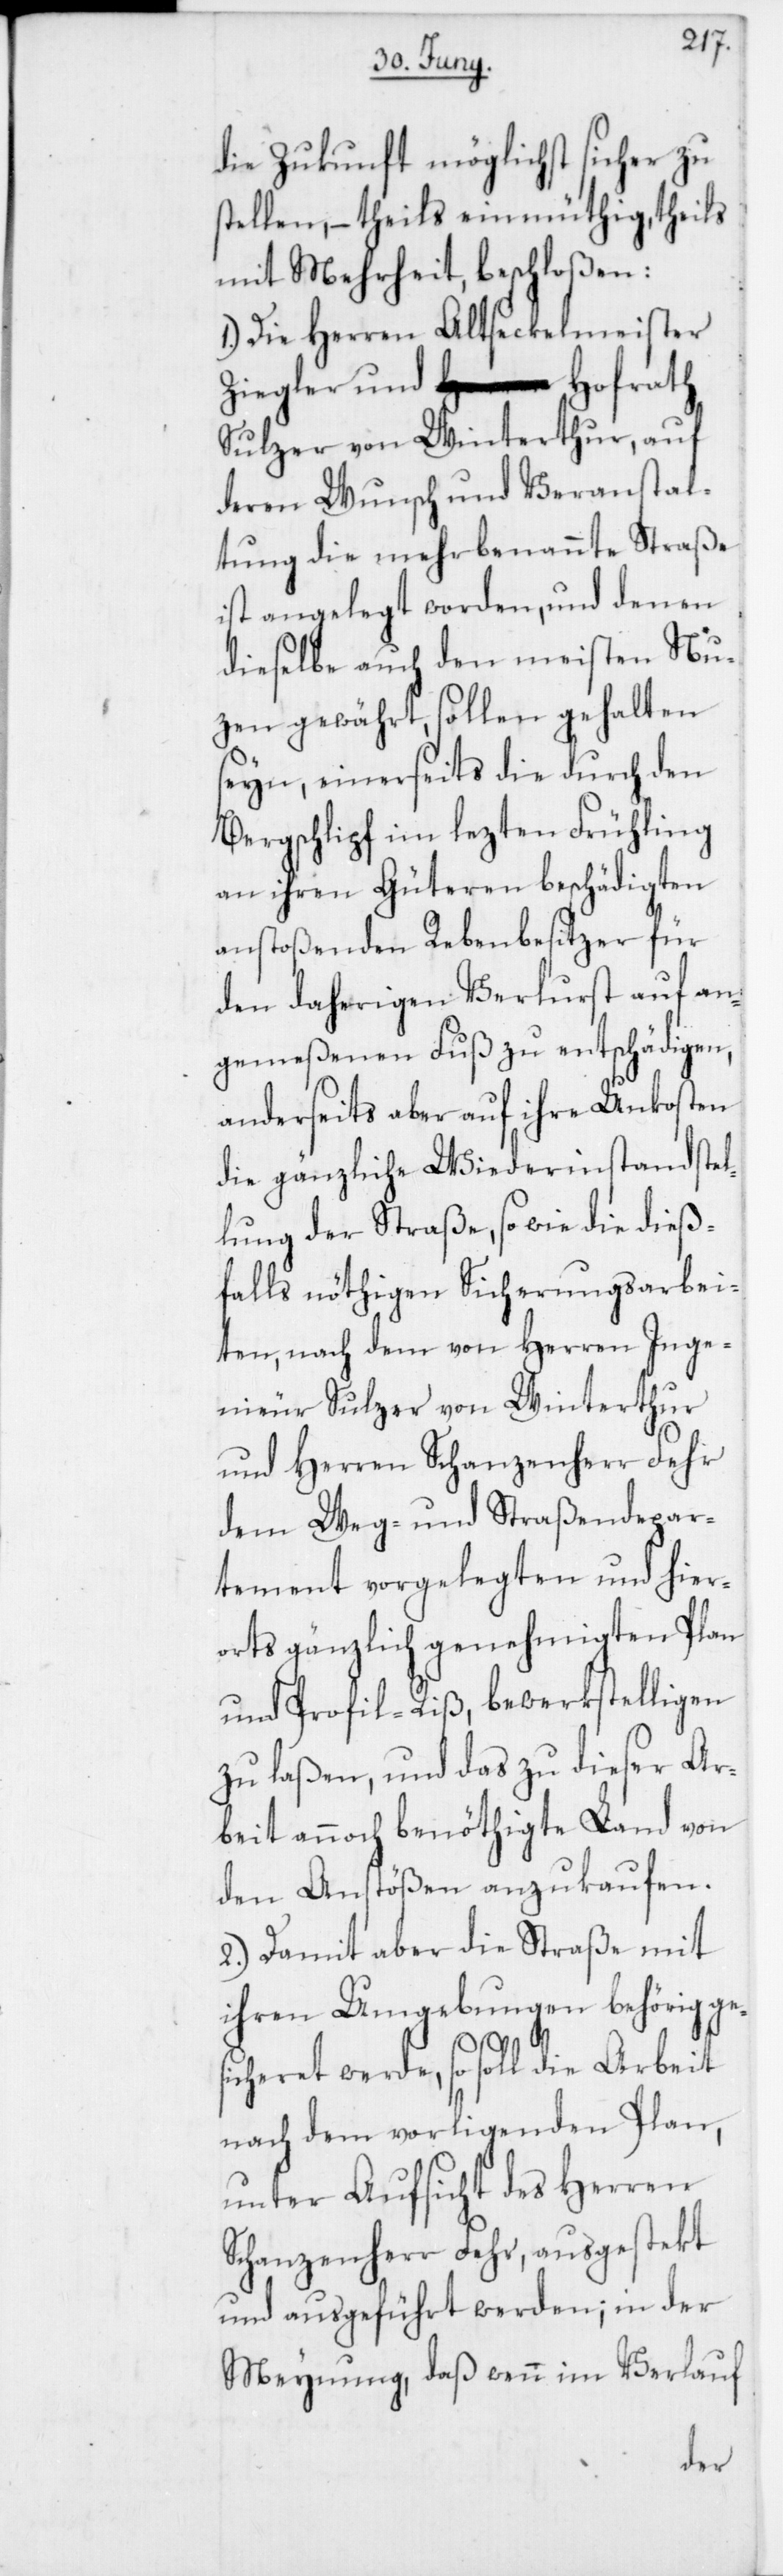
die Zukunft möglichst sicher zu
tellen, – theils einmüthig, theils
mit Mehrheit, beschloßen:
1. Die Herren Altseckelmeister
Ziegler und Hofrath
Sulzer von Winterthur, auf
deren Wunsch und Veranstal¬
tung die mehrbenannte Straße
ist angelegt worden, und denen
dieselbe auch den meisten Nu¬
zen gewährt, sollen gehalten
seyn, einerseits die durch den
Bergschlipf im lezten Frühling
an ihren Güteren beschädigten
anstoßenden Rebenbesitzer für
den daherigen Verlurst auf an¬
gemeßenen Fuß zu entschädigen,
anderseits aber auf ihre Unkosten
die gänzliche Wiederinstandstel¬
lung der Straße, so wie die dieß¬
falls nöthigen Sicherungsarbei¬
ten, nach dem von Herren Inge¬
nieur Sulzer von Winterthur
und Herren Schanzenherr Fehr
dem Weg- und Straßendepar¬
tement vorgelegten und hier¬
orts gänzlich genehmigten Plan
und Profil-Riß, bewerkstelligen
zu laßen, und das zu dieser Ar¬
beit annoch benöthigte Land von
den Anstößen anzukaufen.
2. Damit aber die Straße mit
ihren Umgebungen behörig ges¬
s¬
icheret werde, so soll die Arbeit
nach dem vorligenden Plan,
unter Aufsicht des Herren
Schanzenherr Fehr, ausgestekt
und ausgeführt werden; in der
Meynung, daß wenn im Verlauf